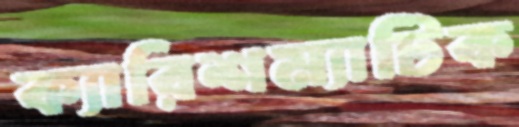
ক্যারিশম্যাটিক